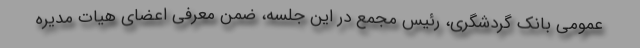
عمومی بانک گردشگری، رئیس مجمع در این جلسه، ضمن معرفی اعضای هیات مدیره